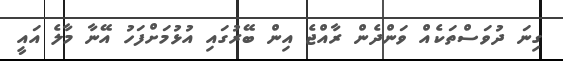
ގިނަ ދުވަސްތަކެއް ވަންދެން ރާއްޖެ އިން ބޭރުގައި އުޅުމަށްފަހު އޭނާ މާލެ އައީ